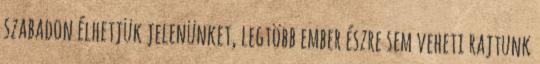
szabadon élhetjük jelenünket, legtöbb ember észre sem veheti rajtunk